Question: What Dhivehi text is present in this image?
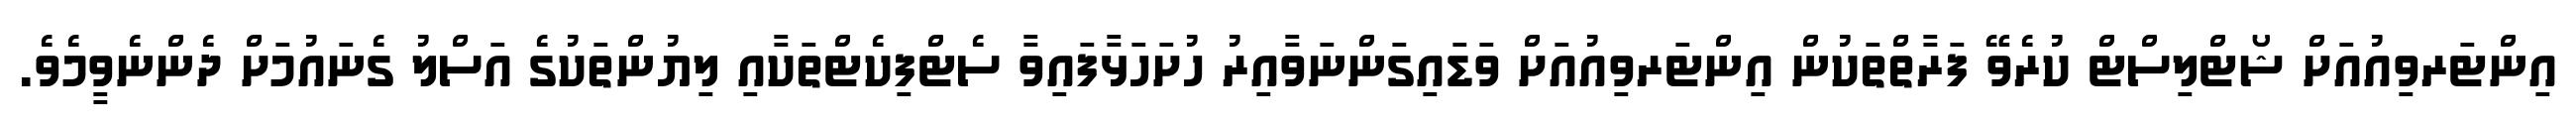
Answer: އިންޓަރވިއުއަށް ޝޯޓްލިސްޓް ކުރެވޭ ފަރާތްތަކުން އިންޓަރވިއުއަށް ވަޑައިގަންނަވާއިރު ހުށަހަޅާފައިވާ ސެޓްފިކެޓްތަކާއި ލިޔުންތަކުގެ އަސްލު ގެނައުމަށް ދެންނެވީމެވެ.